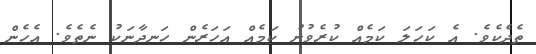
ތެދެކެވެ. އެ ކަހަލަ ކަމެއް ކުރެވުނު ކަމެއް އަހަރެން ހަނދާނަކު ނެތެވެ. އެހެން